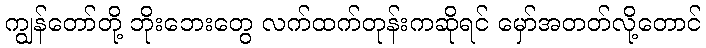
ကျွန်တော်တို့ ဘိုးဘေးတွေ လက်ထက်တုန်းကဆိုရင် မှော်အတတ်လို့တောင်